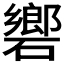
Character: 𥖡